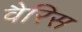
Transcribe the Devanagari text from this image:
वैरिस